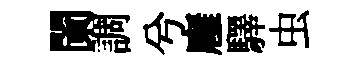
闌調兮廱驛虫